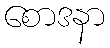
စောဒနာ